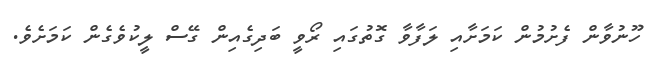
ހޫނުވާން ފެށުމުން ކަމަށާއި ލަފާވާ ގޮތުގައި ރޯވީ ބަދިގެއިން ގޭސް ލީކުވެގެން ކަމަށެވެ.